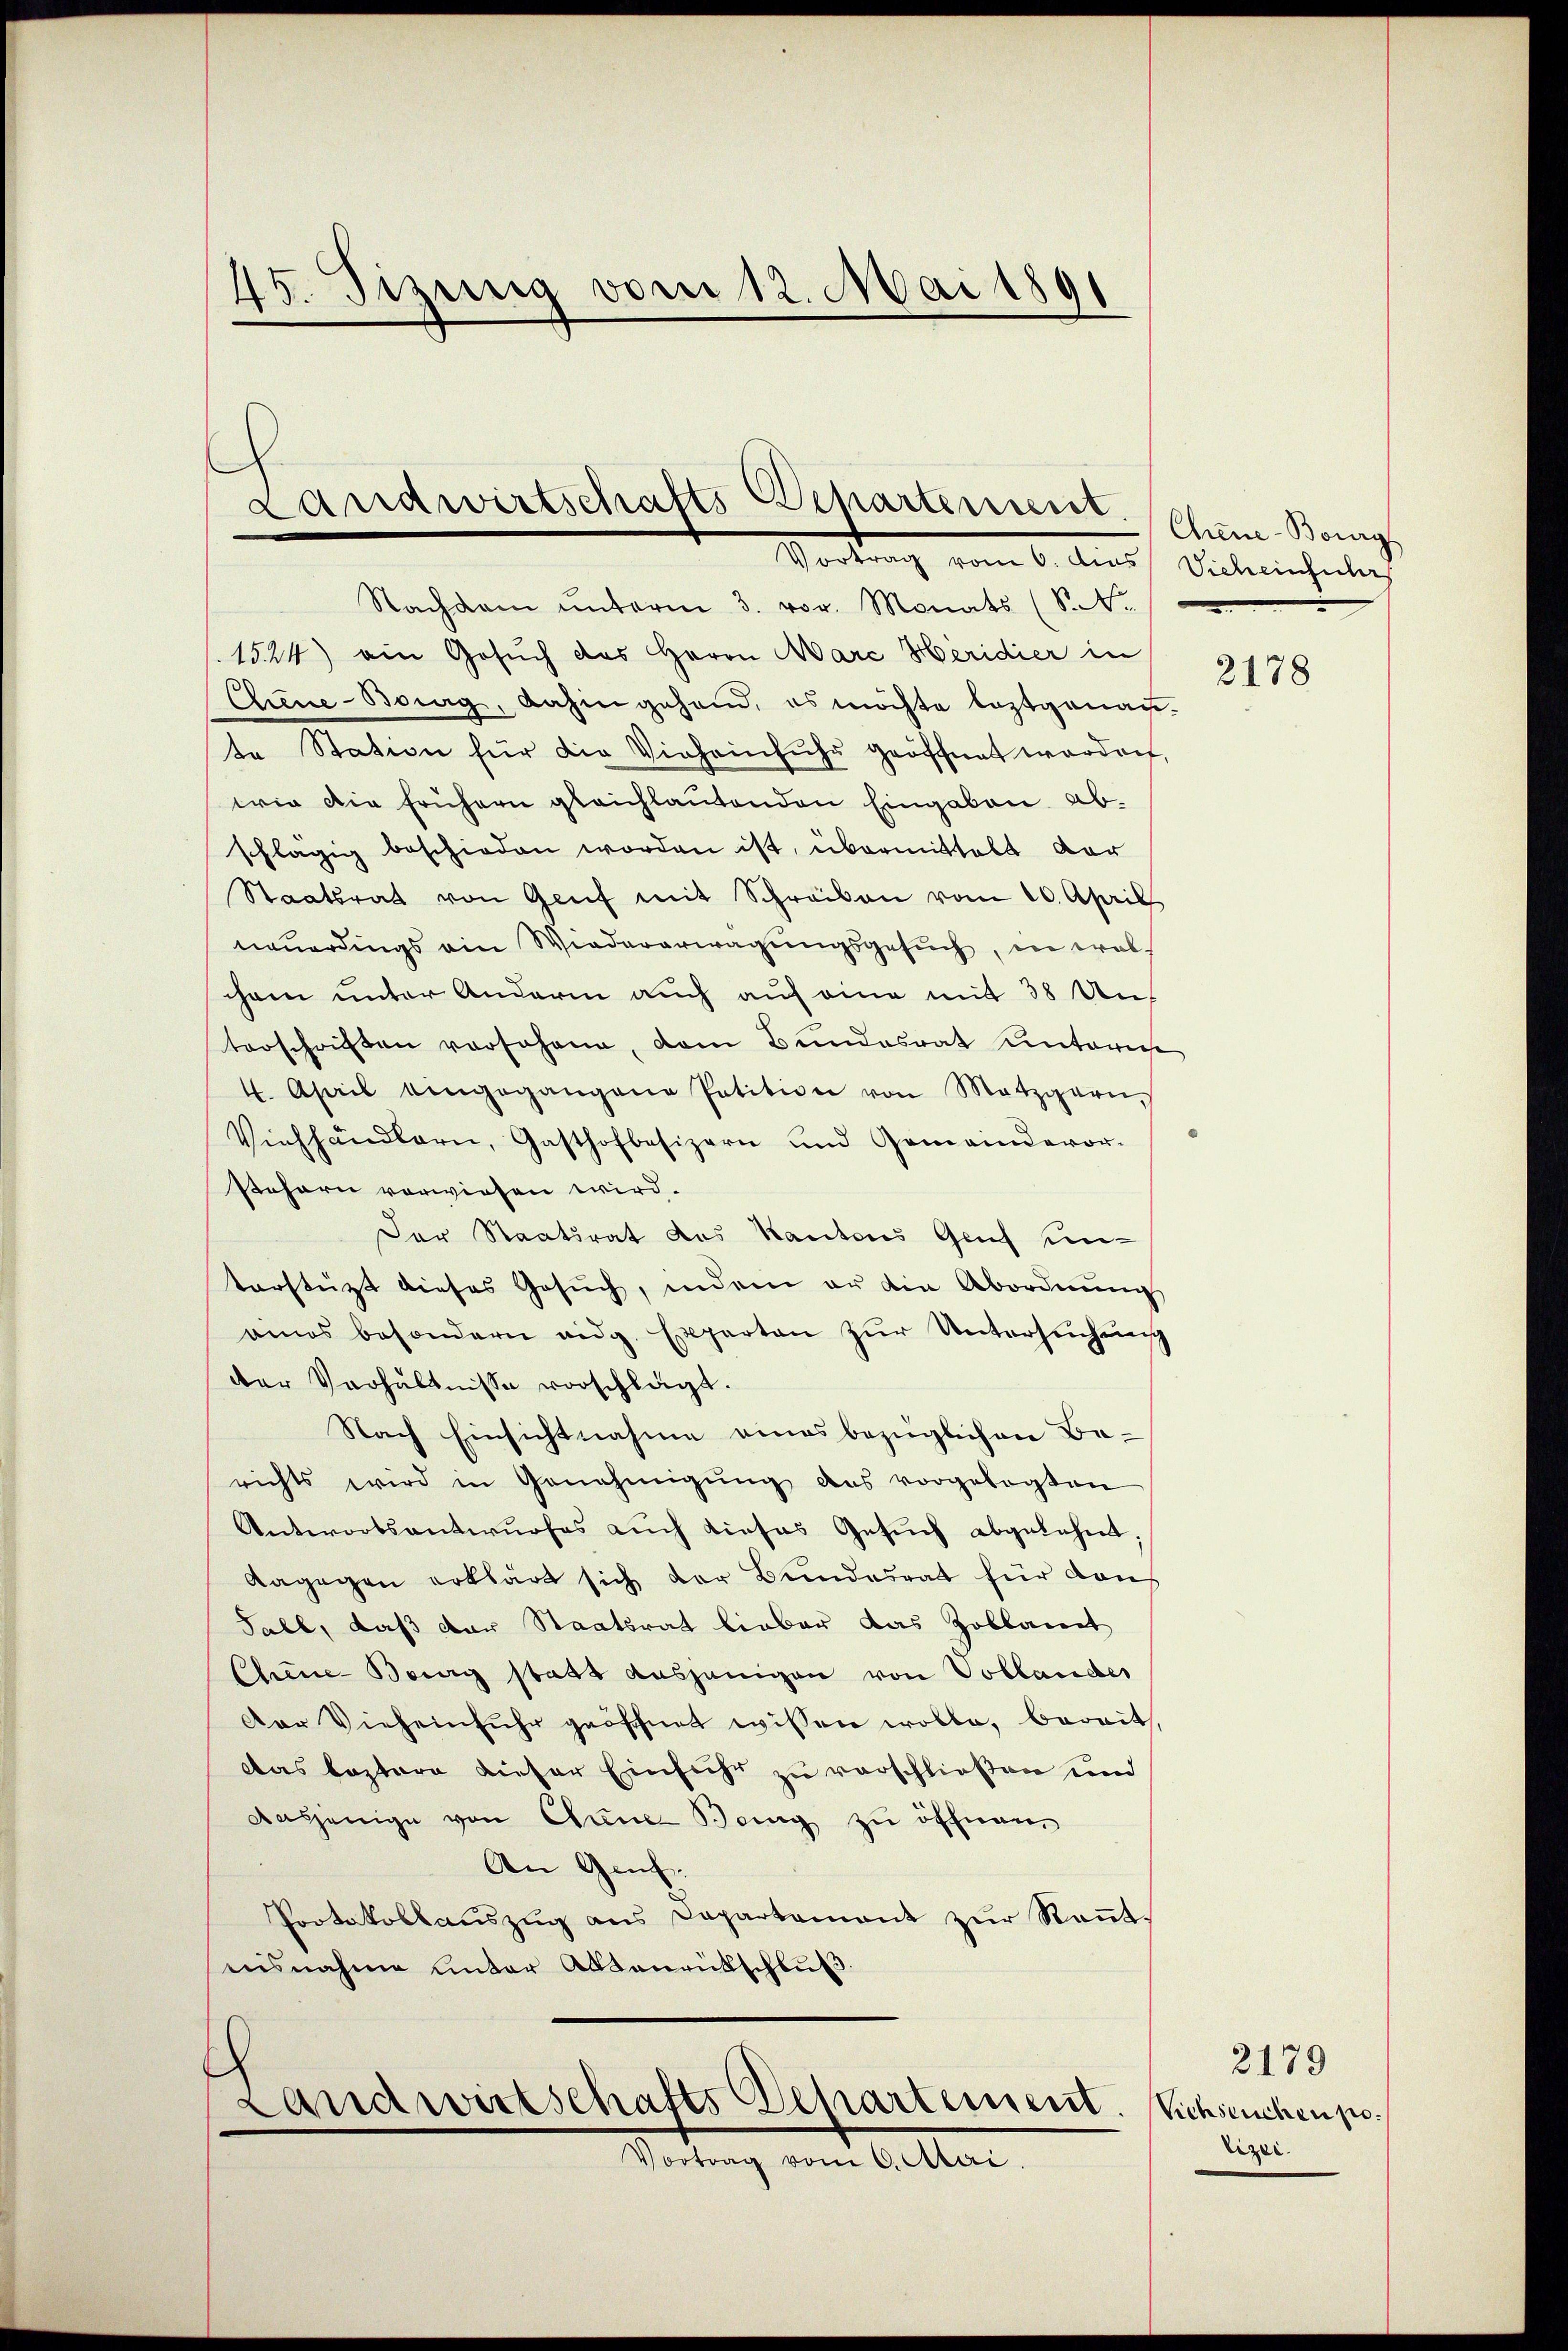
45. Sizung vom 12. Mai 1891

Landwirtschafts-Departement. Chine-Bonig
Vortrag vom 6. des Vielerehelich

Nachdem ŭnterm 3. vor. Monats (St.
1524) ein Gesuch des Herrn Aare Heridier in
Chiene-Borg, dahingehand, es möchte leztgenaute Station für die Vieheinfuhr geöffnet werden,
wie die frühern gleichlautenden Eingaben abschlägig beschieden worden ist, übermittelt dar
Staatsrat von Genf mit Schreiben vom 20. April
neuerdings ein Wiedererwägungsgesuch, in welcham unter Andern auch auf eine mit 38 Unterschriften vor Johann, dem Bundesrat Unteriese
4. April eingegangene Petition von Metzgarn,
Viehhändlern, Gasthofbesizern und Gemeindevor-
Ptehern vorwiesen wird.
Der Staatsrat des Kantons Genf unterstützt dieses Gesŭch, indem er die Abordnŭng
ames besondern eidg. Experten zur Untersuchung
der Verhältnisse vorschlägt.
Nach Einsichtnahme eines bezüglichen Berichts wird in Genehmigŭng des vorgelegten
Antwortsantwurfes auch dieses Gesŭch abgelehnt
dagegen erklärt sich der Bundesrat für dan
Fall, daß der Staatsrat lieber das Zoblauert
Chene Bourg statt ausjenigen von Vollandes
Der Vieheinfuhr geöschnet wissen wolle, bereit,
Das bestere dieser Einfuhr zu verschließen und
dasjenige von Chine Berg zu öffnen,
An Genf.
Protokollaŭszŭg ans Departement zŭr Keṅt-
nisnahme unter Absenrütschluß.

Landwirtschafts Departement
Vortrag vom 6. Mai.

2178

2179
Vichstuchen polizei.